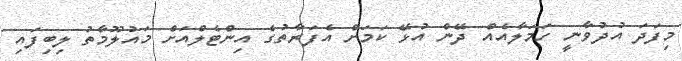
މިފަދަ އުދުވާނީ ހަމަލާއެއް ދޭން އުޅޭ ކަމަށް އެފަރާތުގެ އިންޓެލްއަށް މައުލޫމާތު ލިބިފައި